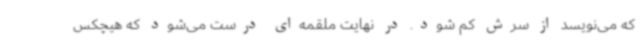
که می‌نویسد از سرش کم شود. در نهایت ملقمه‌ای درست می‌شود که هیچکس